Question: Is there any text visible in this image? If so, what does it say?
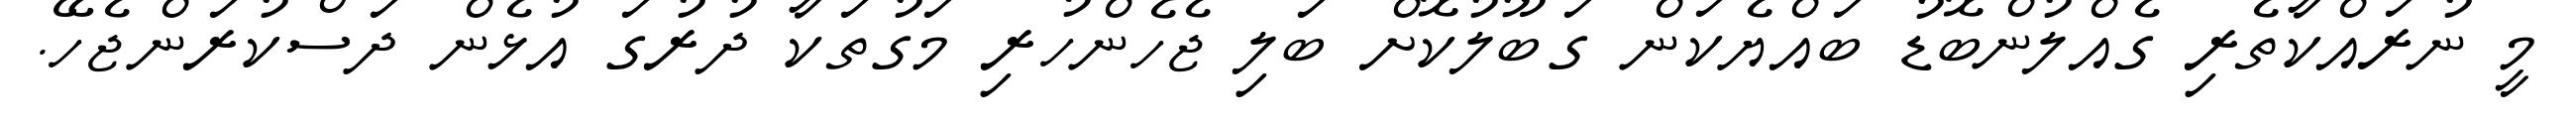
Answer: މީ ނުރައްކާތެރި ގެއްލުންބޮޑު ބައްޔެކަން ގަބޫލުކޮށް ބަލި ޖެހެންހުރި މަގުތަކާ ދުރުގަ އުޅެން ދަސްކުރަންޖެހޭ.